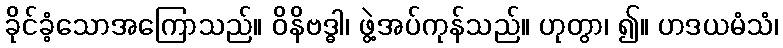
ခိုင်ခံ့သောအကြောသည်။ ဝိနိဗဒ္ဓါ၊ ဖွဲ့အပ်ကုန်သည်။ ဟုတွာ၊ ၍။ ဟဒယမံသံ၊